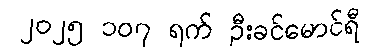
၂၀၂၅ ၁၀၇ ရက် ဦးခင်မောင်ရီ